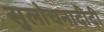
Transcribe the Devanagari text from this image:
सुलोचनादीदी